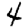
Digit: 4